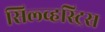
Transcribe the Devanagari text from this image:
सिल्व्हस्ट्रिस